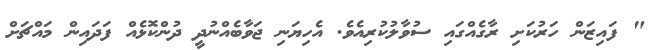
" ފައިޒަން ހަރުކަށި ރާގެއްގައި ސުވާލުކުރިއެވެ. އެހިޔަނި ޖަވާބެއްނުދީ ދުންކޮޅެއް ފަދައިން މައްޗަށް